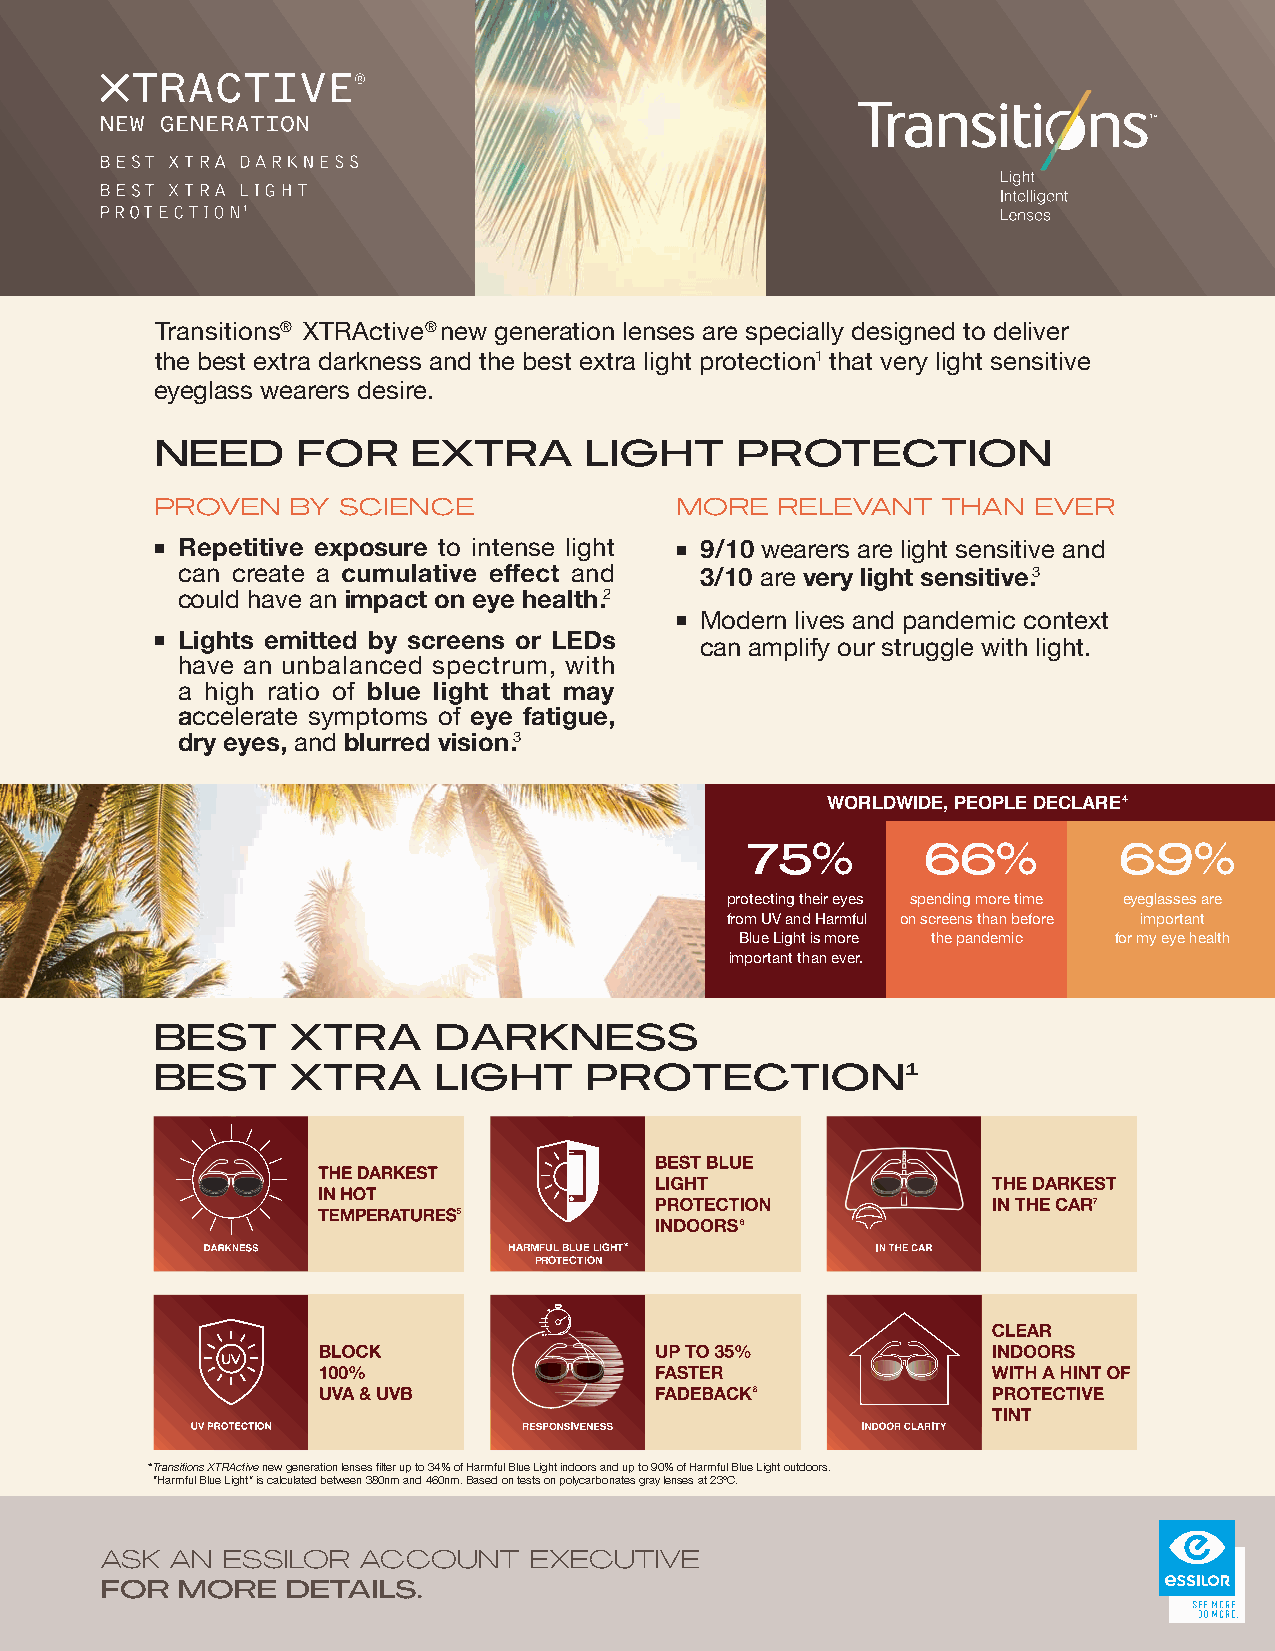
180900_PRO_TRN_XTRActiveNewGen_OnePager_Final-Print.pdf 1 10/4/21 10:41 AM
 1
 Transitions® XTRActive® new generation lenses are specially designed to deliver
 the best extra darkness and the best extra light protection1 that very light sensitive
 eyeglass wearers desire.
 NEED      FOR    EXTRA       LIGHT     PROTECTION
 PROVEN   BY SCIENCE                MORE  RELEVANT   THAN  EVER
 R epetitive exposure to intense light 9/10 wearers are light sensitive and
 can create a              and     3/10 are very light sensitive.3
 could have an impact on eye health.2
 Modern lives and pandemic context
 L ights emitted by screens or LEDs
 can amplify our struggle with light.
 have an unbalanced spectrum, with
 a high ratio of blue light that may
 C              accelerate symptoms of eye fatigue,
 dry eyes, and blurred vision.3
 M
 Y
 WORLDWIDE, PEOPLE DECLARE4
 CM
 MY                                                  75%         66%          69%
 CY
 CMY                                                 protecting their eyes spending more time eyeglasses are
 from UV and Harmful on screens than before important
 K                                                   Blue Light is more the pandemic for my eye health
 important than ever.
 BEST     XTRA      DARKNESS
 BEST     XTRA      LIGHT     PROTECTION1
 7
 5
 6
 HARMFUL BLUE LIGHT*
 PROTECTION
 8
 *Transitions XTRActive new generation lenses filter up to 34% of Harmful Blue Light indoors and up to 90% of Harmful Blue Light outdoors.
 “Harmful Blue Light” is calculated between 380nm and 460nm. Based on tests on polycarbonates gray lenses at 23ºC.
 ASK AN  ESSILOR  ACCOUNT    EXECUTIVE
 FOR  MORE   DETAILS.